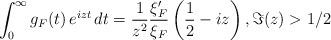
LaTeX: \begin{align*} \int_{0}^{\infty} g_F(t) \,e^{izt} \, dt = \frac{1}{z^2}\frac{\xi_F'}{\xi_F}\left(\frac{1}{2}-iz\right), \Im(z)>1/2 \end{align*}